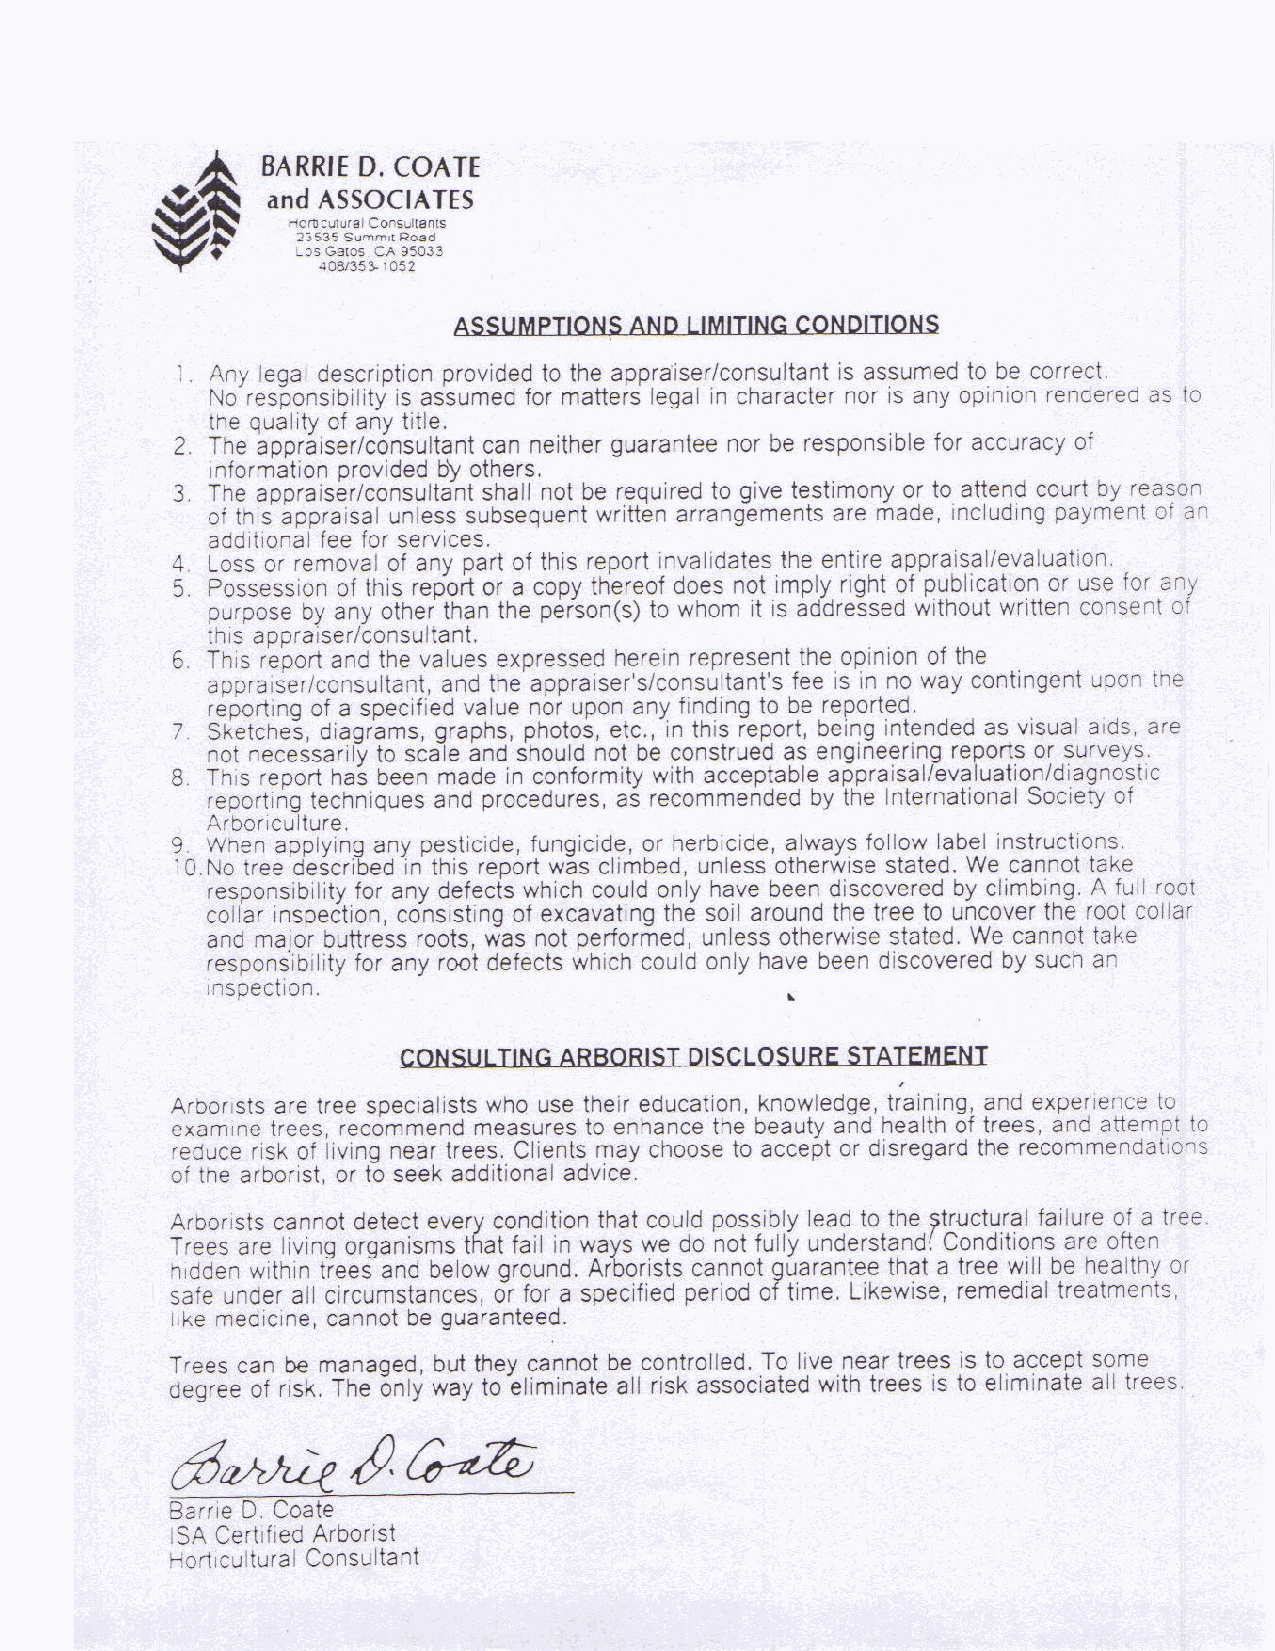
Historic Structure Report                    Anna Head School, UC Berkeley
 June 2008                 Knapp Architects